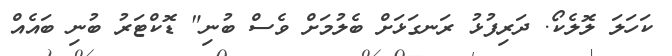
ކަހަލަ ލޮލެކޯ. ދަރިފުޅު ރަނގަޅަށް ބެލުމަށް ވެސް ބުނި" ޑޮކްޓަރު ބުނި ބައެއް